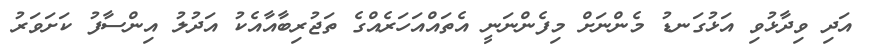
އަދި ވިދާޅުވި އަޅުގަނޑު މެންނަށް މިފެންނަނީ އެތައްއަހަރެއްގެ ތަޖުރިބާއާއެކު އަދުލު އިންސާފު ކަށަވަރު